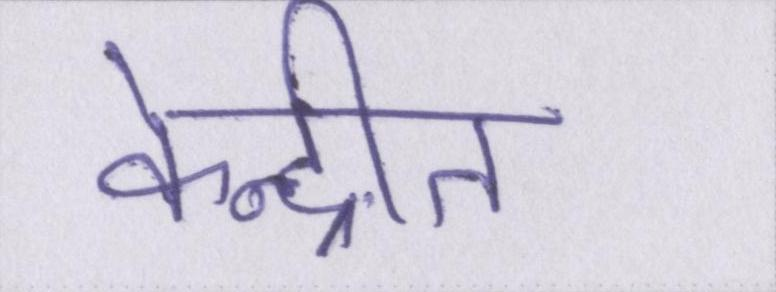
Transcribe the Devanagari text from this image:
केन्द्रीत